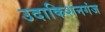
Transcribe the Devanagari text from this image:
उदाकिशनगंज